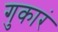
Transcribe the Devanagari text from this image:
गुकारं